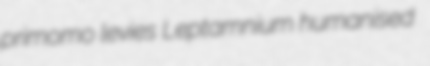
primomo levies Leptamnium humanised